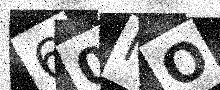
Text: 60MO